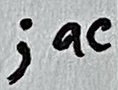
Text: ;ac